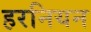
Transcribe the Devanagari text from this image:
हरनियन